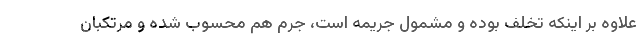
علاوه بر اینکه تخلف بوده و مشمول جریمه است، جرم هم محسوب شده و مرتکبان